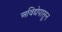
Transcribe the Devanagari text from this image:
अविद्येपासून